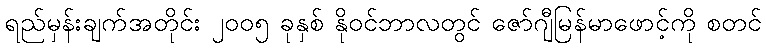
ရည်မှန်းချက်အတိုင်း ၂၀၀၅ ခုနှစ် နိုဝင်ဘာလတွင် ဇော်ဂျီမြန်မာဖောင့်ကို စတင်